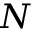
N